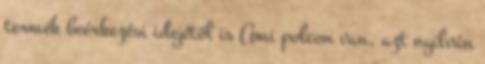
termék beérkezési idejétől is Ami polcon van, azt nyilván